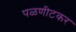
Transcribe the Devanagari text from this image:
पळणीटकर